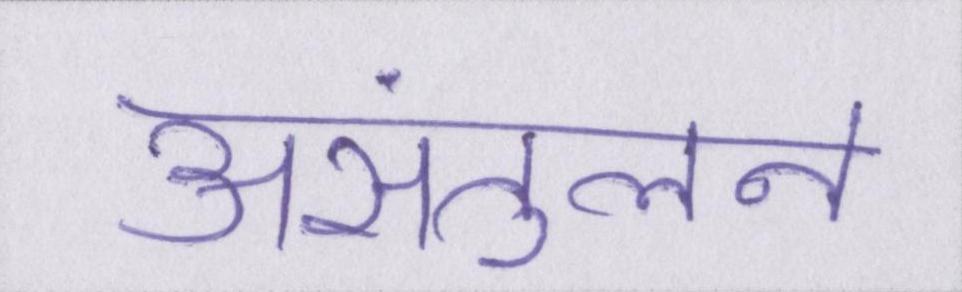
असंतुलन